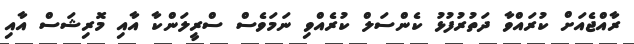
ރާއްޖެއަށް ކުރައްވާ ދަތުރުފުޅު ކެންސަލް ކުރެއްވި ނަމަވެސް ސްރީލަންކާ އާއި މޮރިޝަސް އާއި